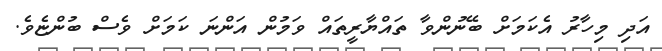
އަދި މިހާރު އެކަމަށް ބޭނުންވާ ތައްޔާރީތައް ވަމުން އަންނަ ކަމަށް ވެސް ބުންޏެވެ.